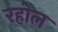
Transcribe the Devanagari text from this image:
रहोल